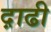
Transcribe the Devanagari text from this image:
द़ाढी